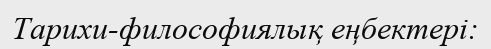
Тарихи-философиялық еңбектері: